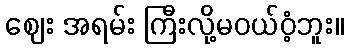
ဈေး အရမ်း ကြီးလို့မဝယ်ဝံ့ဘူး။